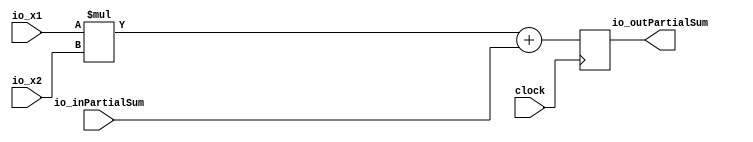
module PEUIntBackend(
  input         clock,
  input  [31:0] io_x1,
  input  [31:0] io_x2,
  input  [31:0] io_inPartialSum,
  output [31:0] io_outPartialSum
);
`ifdef RANDOMIZE_REG_INIT
  reg [31:0] _RAND_0;
`endif // RANDOMIZE_REG_INIT
  reg [31:0] resultReg; // @[PEUIntBackend.scala 15:24]
  wire [63:0] _T = io_x1 * io_x2; // @[PEUIntBackend.scala 17:33]
  wire [63:0] _GEN_0 = {{32'd0}, io_inPartialSum}; // @[PEUIntBackend.scala 17:50]
  wire [63:0] _T_2 = _T + _GEN_0; // @[PEUIntBackend.scala 17:50]
  assign io_outPartialSum = resultReg; // @[PEUIntBackend.scala 16:22]
`ifdef RANDOMIZE_GARBAGE_ASSIGN
`define RANDOMIZE
`endif
`ifdef RANDOMIZE_INVALID_ASSIGN
`define RANDOMIZE
`endif
`ifdef RANDOMIZE_REG_INIT
`define RANDOMIZE
`endif
`ifdef RANDOMIZE_MEM_INIT
`define RANDOMIZE
`endif
`ifndef RANDOM
`define RANDOM $random
`endif
`ifdef RANDOMIZE_MEM_INIT
  integer initvar;
`endif
`ifndef SYNTHESIS
`ifdef FIRRTL_BEFORE_INITIAL
`FIRRTL_BEFORE_INITIAL
`endif
initial begin
  `ifdef RANDOMIZE
    `ifdef INIT_RANDOM
      `INIT_RANDOM
    `endif
    `ifndef VERILATOR
      `ifdef RANDOMIZE_DELAY
        #`RANDOMIZE_DELAY begin end
      `else
        #0.002 begin end
      `endif
    `endif
`ifdef RANDOMIZE_REG_INIT
  _RAND_0 = {1{`RANDOM}};
  resultReg = _RAND_0[31:0];
`endif // RANDOMIZE_REG_INIT
  `endif // RANDOMIZE
end // initial
`ifdef FIRRTL_AFTER_INITIAL
`FIRRTL_AFTER_INITIAL
`endif
`endif // SYNTHESIS
  always @(posedge clock) begin
    resultReg <= _T_2[31:0];
  end
endmodule
module PESIntBackend(
  input         clock,
  input  [31:0] io_x1,
  input  [31:0] io_x2,
  input  [31:0] io_inPartialSum,
  output [31:0] io_outPartialSum
);
`ifdef RANDOMIZE_REG_INIT
  reg [31:0] _RAND_0;
`endif // RANDOMIZE_REG_INIT
  reg [31:0] resultReg; // @[PESIntBackend.scala 15:24]
  wire [63:0] _T = $signed(io_x1) * $signed(io_x2); // @[PESIntBackend.scala 17:34]
  wire [31:0] opResult = _T[31:0]; // @[PESIntBackend.scala 17:67]
  assign io_outPartialSum = resultReg; // @[PESIntBackend.scala 16:22]
`ifdef RANDOMIZE_GARBAGE_ASSIGN
`define RANDOMIZE
`endif
`ifdef RANDOMIZE_INVALID_ASSIGN
`define RANDOMIZE
`endif
`ifdef RANDOMIZE_REG_INIT
`define RANDOMIZE
`endif
`ifdef RANDOMIZE_MEM_INIT
`define RANDOMIZE
`endif
`ifndef RANDOM
`define RANDOM $random
`endif
`ifdef RANDOMIZE_MEM_INIT
  integer initvar;
`endif
`ifndef SYNTHESIS
`ifdef FIRRTL_BEFORE_INITIAL
`FIRRTL_BEFORE_INITIAL
`endif
initial begin
  `ifdef RANDOMIZE
    `ifdef INIT_RANDOM
      `INIT_RANDOM
    `endif
    `ifndef VERILATOR
      `ifdef RANDOMIZE_DELAY
        #`RANDOMIZE_DELAY begin end
      `else
        #0.002 begin end
      `endif
    `endif
`ifdef RANDOMIZE_REG_INIT
  _RAND_0 = {1{`RANDOM}};
  resultReg = _RAND_0[31:0];
`endif // RANDOMIZE_REG_INIT
  `endif // RANDOMIZE
end // initial
`ifdef FIRRTL_AFTER_INITIAL
`FIRRTL_AFTER_INITIAL
`endif
`endif // SYNTHESIS
  always @(posedge clock) begin
    resultReg <= $signed(opResult) + $signed(io_inPartialSum);
  end
endmodule
module ProcessingElement(
  input         clock,
  input  [31:0] io_input,
  output [31:0] io_forwardedInput,
  input  [31:0] io_weight,
  input  [31:0] io_inPartialSum,
  output [31:0] io_outPartialSum,
  input  [1:0]  io_typeSelection
);
`ifdef RANDOMIZE_REG_INIT
  reg [31:0] _RAND_0;
`endif // RANDOMIZE_REG_INIT
  wire  uIntBackend_clock; // @[PE.scala 35:29]
  wire [31:0] uIntBackend_io_x1; // @[PE.scala 35:29]
  wire [31:0] uIntBackend_io_x2; // @[PE.scala 35:29]
  wire [31:0] uIntBackend_io_inPartialSum; // @[PE.scala 35:29]
  wire [31:0] uIntBackend_io_outPartialSum; // @[PE.scala 35:29]
  wire  sIntBackend_clock; // @[PE.scala 41:29]
  wire [31:0] sIntBackend_io_x1; // @[PE.scala 41:29]
  wire [31:0] sIntBackend_io_x2; // @[PE.scala 41:29]
  wire [31:0] sIntBackend_io_inPartialSum; // @[PE.scala 41:29]
  wire [31:0] sIntBackend_io_outPartialSum; // @[PE.scala 41:29]
  reg [31:0] _T_3; // @[PE.scala 59:33]
  wire  _T_4 = io_typeSelection == 2'h1; // @[PE.scala 62:27]
  wire  _T_6 = io_typeSelection == 2'h0; // @[PE.scala 65:33]
  wire [31:0] _GEN_0 = _T_6 ? uIntBackend_io_outPartialSum : 32'h0; // @[PE.scala 65:42]
  PEUIntBackend uIntBackend ( // @[PE.scala 35:29]
    .clock(uIntBackend_clock),
    .io_x1(uIntBackend_io_x1),
    .io_x2(uIntBackend_io_x2),
    .io_inPartialSum(uIntBackend_io_inPartialSum),
    .io_outPartialSum(uIntBackend_io_outPartialSum)
  );
  PESIntBackend sIntBackend ( // @[PE.scala 41:29]
    .clock(sIntBackend_clock),
    .io_x1(sIntBackend_io_x1),
    .io_x2(sIntBackend_io_x2),
    .io_inPartialSum(sIntBackend_io_inPartialSum),
    .io_outPartialSum(sIntBackend_io_outPartialSum)
  );
  assign io_forwardedInput = _T_3; // @[PE.scala 59:23]
  assign io_outPartialSum = _T_4 ? sIntBackend_io_outPartialSum : _GEN_0; // @[PE.scala 64:26 PE.scala 67:26 PE.scala 70:42]
  assign uIntBackend_clock = clock;
  assign uIntBackend_io_x1 = io_weight; // @[PE.scala 36:23]
  assign uIntBackend_io_x2 = io_input; // @[PE.scala 37:23]
  assign uIntBackend_io_inPartialSum = io_inPartialSum; // @[PE.scala 38:33]
  assign sIntBackend_clock = clock;
  assign sIntBackend_io_x1 = io_weight; // @[PE.scala 42:23]
  assign sIntBackend_io_x2 = io_input; // @[PE.scala 43:23]
  assign sIntBackend_io_inPartialSum = io_inPartialSum; // @[PE.scala 44:33]
`ifdef RANDOMIZE_GARBAGE_ASSIGN
`define RANDOMIZE
`endif
`ifdef RANDOMIZE_INVALID_ASSIGN
`define RANDOMIZE
`endif
`ifdef RANDOMIZE_REG_INIT
`define RANDOMIZE
`endif
`ifdef RANDOMIZE_MEM_INIT
`define RANDOMIZE
`endif
`ifndef RANDOM
`define RANDOM $random
`endif
`ifdef RANDOMIZE_MEM_INIT
  integer initvar;
`endif
`ifndef SYNTHESIS
`ifdef FIRRTL_BEFORE_INITIAL
`FIRRTL_BEFORE_INITIAL
`endif
initial begin
  `ifdef RANDOMIZE
    `ifdef INIT_RANDOM
      `INIT_RANDOM
    `endif
    `ifndef VERILATOR
      `ifdef RANDOMIZE_DELAY
        #`RANDOMIZE_DELAY begin end
      `else
        #0.002 begin end
      `endif
    `endif
`ifdef RANDOMIZE_REG_INIT
  _RAND_0 = {1{`RANDOM}};
  _T_3 = _RAND_0[31:0];
`endif // RANDOMIZE_REG_INIT
  `endif // RANDOMIZE
end // initial
`ifdef FIRRTL_AFTER_INITIAL
`FIRRTL_AFTER_INITIAL
`endif
`endif // SYNTHESIS
  always @(posedge clock) begin
    _T_3 <= io_input;
  end
endmodule
module Tile(
  input         clock,
  input         reset,
  input  [31:0] io_inputs_0,
  input  [31:0] io_inputs_1,
  output [31:0] io_outputs_0,
  output [31:0] io_outputs_1,
  input  [31:0] io_weightsFlattened_0,
  input  [31:0] io_weightsFlattened_1,
  input  [31:0] io_weightsFlattened_2,
  input  [31:0] io_weightsFlattened_3,
  input         io_weightEnable,
  input  [1:0]  io_typeSelection
);
  wire  ProcessingElement_clock; // @[tile.scala 18:49]
  wire [31:0] ProcessingElement_io_input; // @[tile.scala 18:49]
  wire [31:0] ProcessingElement_io_forwardedInput; // @[tile.scala 18:49]
  wire [31:0] ProcessingElement_io_weight; // @[tile.scala 18:49]
  wire [31:0] ProcessingElement_io_inPartialSum; // @[tile.scala 18:49]
  wire [31:0] ProcessingElement_io_outPartialSum; // @[tile.scala 18:49]
  wire [1:0] ProcessingElement_io_typeSelection; // @[tile.scala 18:49]
  wire  ProcessingElement_1_clock; // @[tile.scala 18:49]
  wire [31:0] ProcessingElement_1_io_input; // @[tile.scala 18:49]
  wire [31:0] ProcessingElement_1_io_forwardedInput; // @[tile.scala 18:49]
  wire [31:0] ProcessingElement_1_io_weight; // @[tile.scala 18:49]
  wire [31:0] ProcessingElement_1_io_inPartialSum; // @[tile.scala 18:49]
  wire [31:0] ProcessingElement_1_io_outPartialSum; // @[tile.scala 18:49]
  wire [1:0] ProcessingElement_1_io_typeSelection; // @[tile.scala 18:49]
  wire  ProcessingElement_2_clock; // @[tile.scala 18:49]
  wire [31:0] ProcessingElement_2_io_input; // @[tile.scala 18:49]
  wire [31:0] ProcessingElement_2_io_forwardedInput; // @[tile.scala 18:49]
  wire [31:0] ProcessingElement_2_io_weight; // @[tile.scala 18:49]
  wire [31:0] ProcessingElement_2_io_inPartialSum; // @[tile.scala 18:49]
  wire [31:0] ProcessingElement_2_io_outPartialSum; // @[tile.scala 18:49]
  wire [1:0] ProcessingElement_2_io_typeSelection; // @[tile.scala 18:49]
  wire  ProcessingElement_3_clock; // @[tile.scala 18:49]
  wire [31:0] ProcessingElement_3_io_input; // @[tile.scala 18:49]
  wire [31:0] ProcessingElement_3_io_forwardedInput; // @[tile.scala 18:49]
  wire [31:0] ProcessingElement_3_io_weight; // @[tile.scala 18:49]
  wire [31:0] ProcessingElement_3_io_inPartialSum; // @[tile.scala 18:49]
  wire [31:0] ProcessingElement_3_io_outPartialSum; // @[tile.scala 18:49]
  wire [1:0] ProcessingElement_3_io_typeSelection; // @[tile.scala 18:49]
  ProcessingElement ProcessingElement ( // @[tile.scala 18:49]
    .clock(ProcessingElement_clock),
    .io_input(ProcessingElement_io_input),
    .io_forwardedInput(ProcessingElement_io_forwardedInput),
    .io_weight(ProcessingElement_io_weight),
    .io_inPartialSum(ProcessingElement_io_inPartialSum),
    .io_outPartialSum(ProcessingElement_io_outPartialSum),
    .io_typeSelection(ProcessingElement_io_typeSelection)
  );
  ProcessingElement ProcessingElement_1 ( // @[tile.scala 18:49]
    .clock(ProcessingElement_1_clock),
    .io_input(ProcessingElement_1_io_input),
    .io_forwardedInput(ProcessingElement_1_io_forwardedInput),
    .io_weight(ProcessingElement_1_io_weight),
    .io_inPartialSum(ProcessingElement_1_io_inPartialSum),
    .io_outPartialSum(ProcessingElement_1_io_outPartialSum),
    .io_typeSelection(ProcessingElement_1_io_typeSelection)
  );
  ProcessingElement ProcessingElement_2 ( // @[tile.scala 18:49]
    .clock(ProcessingElement_2_clock),
    .io_input(ProcessingElement_2_io_input),
    .io_forwardedInput(ProcessingElement_2_io_forwardedInput),
    .io_weight(ProcessingElement_2_io_weight),
    .io_inPartialSum(ProcessingElement_2_io_inPartialSum),
    .io_outPartialSum(ProcessingElement_2_io_outPartialSum),
    .io_typeSelection(ProcessingElement_2_io_typeSelection)
  );
  ProcessingElement ProcessingElement_3 ( // @[tile.scala 18:49]
    .clock(ProcessingElement_3_clock),
    .io_input(ProcessingElement_3_io_input),
    .io_forwardedInput(ProcessingElement_3_io_forwardedInput),
    .io_weight(ProcessingElement_3_io_weight),
    .io_inPartialSum(ProcessingElement_3_io_inPartialSum),
    .io_outPartialSum(ProcessingElement_3_io_outPartialSum),
    .io_typeSelection(ProcessingElement_3_io_typeSelection)
  );
  assign io_outputs_0 = ProcessingElement_2_io_outPartialSum; // @[tile.scala 46:35]
  assign io_outputs_1 = ProcessingElement_3_io_outPartialSum; // @[tile.scala 46:35]
  assign ProcessingElement_clock = clock;
  assign ProcessingElement_io_input = io_inputs_0; // @[tile.scala 36:21]
  assign ProcessingElement_io_weight = io_weightsFlattened_0; // @[tile.scala 28:26]
  assign ProcessingElement_io_inPartialSum = 32'h0; // @[tile.scala 42:31]
  assign ProcessingElement_io_typeSelection = io_typeSelection; // @[tile.scala 27:33]
  assign ProcessingElement_1_clock = clock;
  assign ProcessingElement_1_io_input = ProcessingElement_io_forwardedInput; // @[tile.scala 54:38]
  assign ProcessingElement_1_io_weight = io_weightsFlattened_1; // @[tile.scala 28:26]
  assign ProcessingElement_1_io_inPartialSum = 32'h0; // @[tile.scala 42:31]
  assign ProcessingElement_1_io_typeSelection = io_typeSelection; // @[tile.scala 27:33]
  assign ProcessingElement_2_clock = clock;
  assign ProcessingElement_2_io_input = io_inputs_1; // @[tile.scala 36:21]
  assign ProcessingElement_2_io_weight = io_weightsFlattened_2; // @[tile.scala 28:26]
  assign ProcessingElement_2_io_inPartialSum = ProcessingElement_io_outPartialSum; // @[tile.scala 63:38]
  assign ProcessingElement_2_io_typeSelection = io_typeSelection; // @[tile.scala 27:33]
  assign ProcessingElement_3_clock = clock;
  assign ProcessingElement_3_io_input = ProcessingElement_2_io_forwardedInput; // @[tile.scala 54:38]
  assign ProcessingElement_3_io_weight = io_weightsFlattened_3; // @[tile.scala 28:26]
  assign ProcessingElement_3_io_inPartialSum = ProcessingElement_1_io_outPartialSum; // @[tile.scala 63:38]
  assign ProcessingElement_3_io_typeSelection = io_typeSelection; // @[tile.scala 27:33]
endmodule